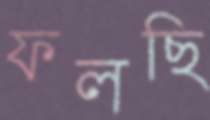
ফলছি